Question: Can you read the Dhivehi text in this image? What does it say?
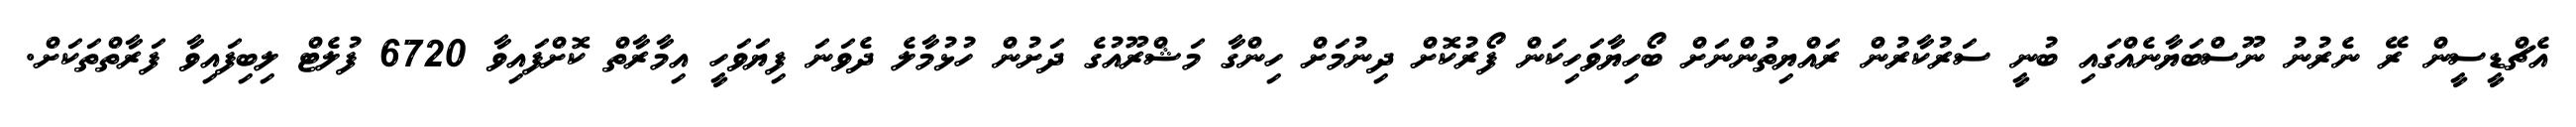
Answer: އެޗްޑީސީން ރޭ ނެރުނު ނޫސްބަޔާނެއްގައި ބުނީ ސަރުކާރުން ރައްޔިތުންނަށް ބޯހިޔާވަހިކަން ފޯރުކޮށް ދިނުމަށް ހިންގާ މަޝްރޫއުގެ ދަށުން ހުޅުމާލެ ދެވަނަ ފިޔަވަހީ އިމާރާތް ކޮށްފައިވާ 6720 ފުލެޓް ލިބިފައިވާ ފަރާތްތަކަށް.